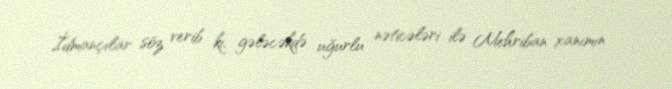
İdmançılar söz verib ki, gələcəkdə uğurlu nəticələri ilə Mehriban xanımın